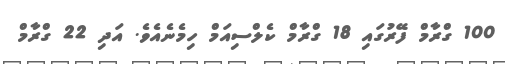
100 ގްރާމް ފޭރުގައި 18 ގްރާމް ކެލްސިއަމް ހިމެނެއެވެ. އަދި 22 ގްރާމް